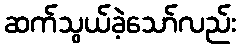
ဆက်သွယ်ခဲ့သော်လည်း